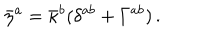
\bar { \eta } ^ { a } = \bar { \kappa } ^ { b } ( \delta ^ { a b } + \Gamma ^ { a b } ) \, .